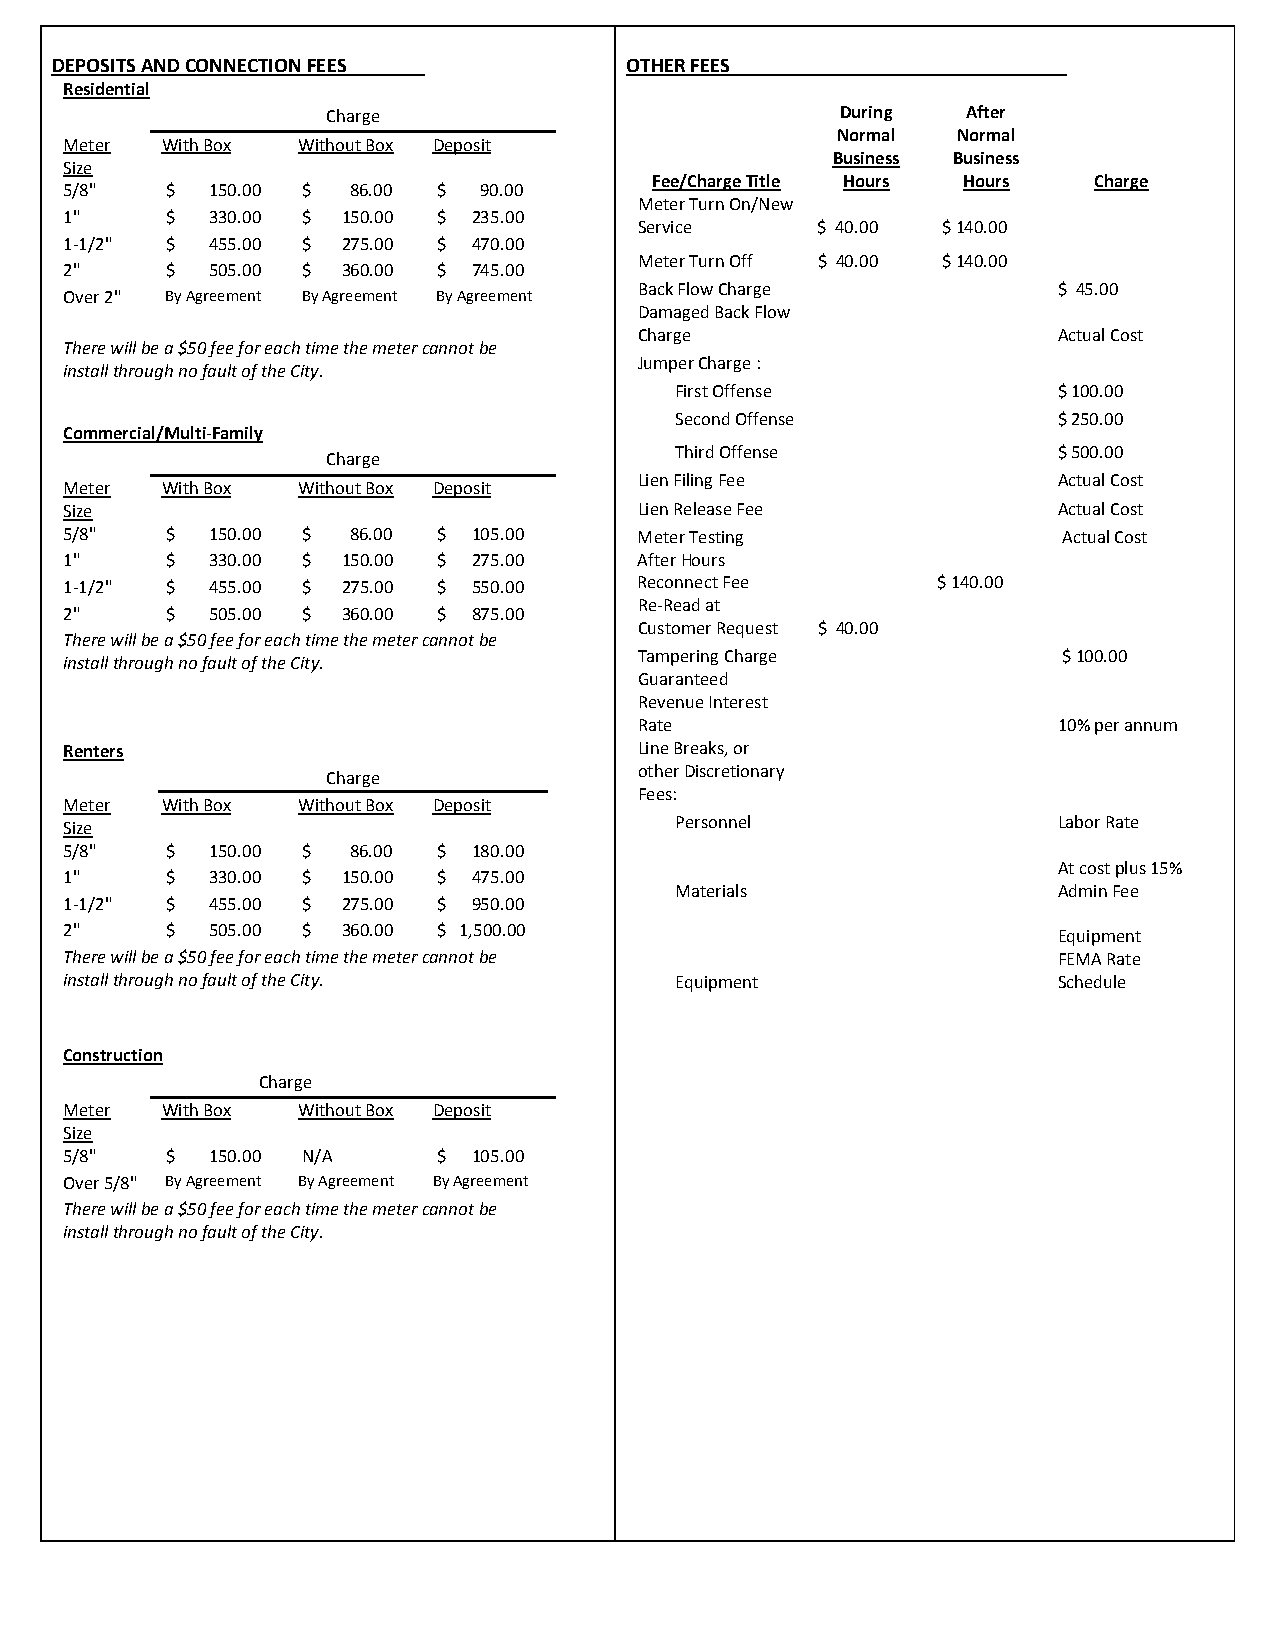
DEPOSITS AND CONNECTION FEES          OTHER FEES
 Residential
 Charge                            During  After
 Normal  Normal
 Meter  With Box Without Box Deposit
 Business Business
 Size
 Fee/Charge Title Hours Hours Charge
 5/8"   $  150.00 $ 86.00 $  90.00
 Meter Turn On/New
 1"     $  330.00 $ 150.00 $ 235.00
 Service     $ 40.00 $ 140.00
 1‐1/2" $  455.00 $ 275.00 $ 470.00
 Meter Turn Off $ 40.00 $ 140.00
 2"     $  505.00 $ 360.00 $ 745.00
 Back Flow Charge            $ 45.00
 Over 2" By Agreement By Agreement By Agreement
 Damaged Back Flow
 Charge                      Actual Cost
 There will be a $50 fee for each time the meter cannot be
 Jumper Charge :
 install through no fault of the City.
 First Offense            $ 100.00
 Second Offense           $ 250.00
 Commercial/Multi‐Family
 Third Offense            $ 500.00
 Charge
 Lien Filing Fee             Actual Cost
 Meter  With Box Without Box Deposit
 Size                                  Lien Release Fee            Actual Cost
 5/8"   $  150.00 $ 86.00 $ 105.00     Meter Testing               Actual Cost
 1"     $  330.00 $ 150.00 $ 275.00    After Hours
 1‐1/2" $  455.00 $ 275.00 $ 550.00    Reconnect Fee       $ 140.00
 Re‐Read at
 2"     $  505.00 $ 360.00 $ 875.00
 Customer Request $ 40.00
 There will be a $50 fee for each time the meter cannot be
 Tampering Charge            $ 100.00
 install through no fault of the City.
 Guaranteed
 Revenue Interest
 Rate                        10% per annum
 Renters                               Line Breaks, or
 other Discretionary
 Charge
 Fees:
 Meter  With Box Without Box Deposit
 Size                                     Personnel                Labor Rate
 5/8"   $  150.00 $ 86.00 $ 180.00
 At cost plus 15%
 1"     $  330.00 $ 150.00 $ 475.00
 Materials                Admin Fee
 1‐1/2" $  455.00 $ 275.00 $ 950.00
 2"     $  505.00 $ 360.00 $ 1,500.00                              Equipment
 There will be a $50 fee for each time the meter cannot be         FEMA Rate
 install through no fault of the City.    Equipment                Schedule
 Construction
 Charge
 Meter  With Box Without Box Deposit
 Size
 5/8"   $  150.00 N/A     $ 105.00
 Over 5/8" By Agreement By Agreement By Agreement
 There will be a $50 fee for each time the meter cannot be
 install through no fault of the City.